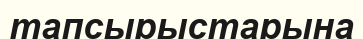
тапсырыстарына